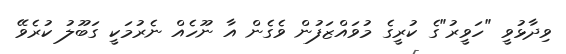
ވިދާޅުވީ "ހަވީރު"ގެ ކުރީގެ މުވައްޒަފުން ވެގެން އާ ނޫހެއް ނެރުމަކީ ގަބޫލު ކުރެވޭ